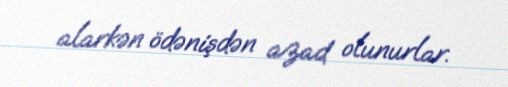
alarkən ödənişdən azad olunurlar.